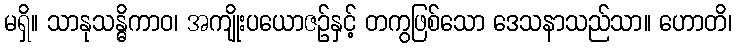
မရှိ။ သာနုသန္ဓိကာဝ၊ အကျိုးပယောဇဉ်နှင့် တကွဖြစ်သော ဒေသနာသည်သာ။ ဟောတိ၊